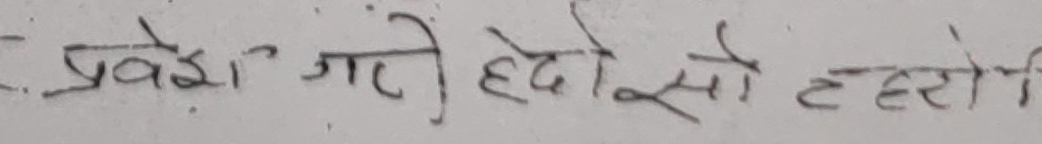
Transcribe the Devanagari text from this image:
प्रवेश गरे हृदयसो ठहरिएँ